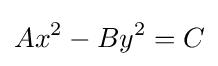
Ax^{2}-By^{2}=C